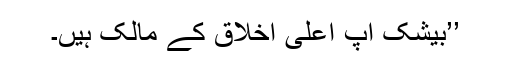
’’بیشک آپ اعلیٰ اخلاق کے مالک ہیں۔